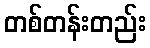
တစ်တန်းတည်း